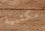
مكتبية